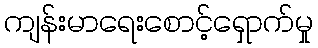
ကျန်းမာရေးစောင့်ရှောက်မှု